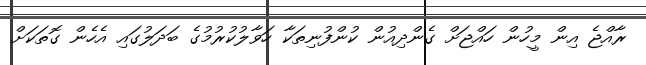
ރާއްޖެ އިން މީހުން ހައްޖަށް ގެންދިއުން ކުންފުނިތަކާ ހަވާލުކުރުމުގެ ބަދަލުގައި އެހެން ގޮތަކަށް